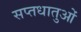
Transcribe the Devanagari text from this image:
सप्तधातुओं